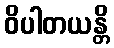
ဝိပါတယန္တိ